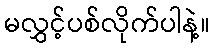
မလွှင့်ပစ်လိုက်ပါနဲ့။